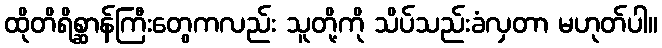
ထိုတိရိစ္ဆာန်ကြီးတွေကလည်း သူတို့ကို သိပ်သည်းခံလှတာ မဟုတ်ပါ။